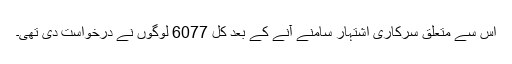
اس سے متعلق سرکاری اشتہار سامنے آنے کے بعد کل 6077 لوگوں نے درخواست دی تھی۔